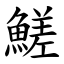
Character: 䱹